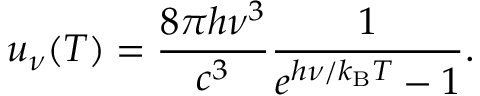
u _ { \nu } ( T ) = { \frac { 8 \pi h \nu ^ { 3 } } { c ^ { 3 } } } { \frac { 1 } { e ^ { h \nu / k _ { \mathrm { B } } T } - 1 } } .